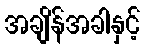
အချိန်အခါနှင့်